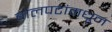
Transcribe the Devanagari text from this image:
बोलपटांमधून